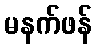
မနက်ဖန်